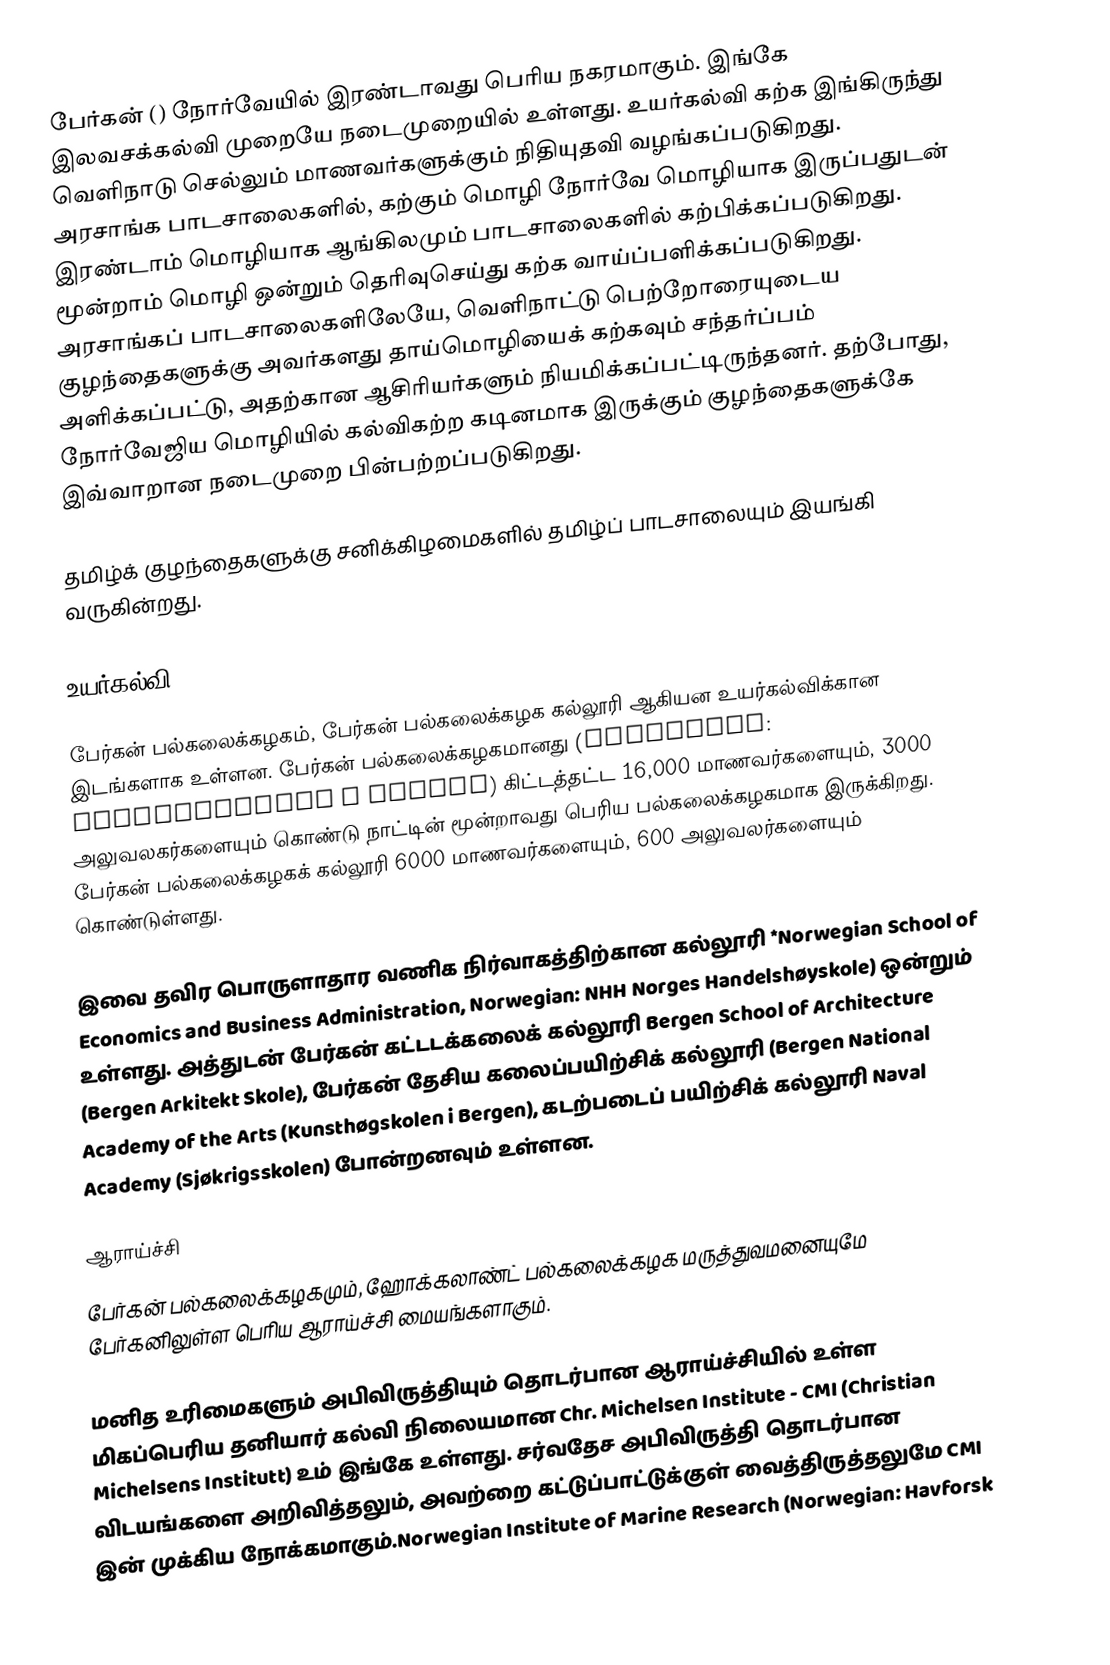
பேர்கன் () நோர்வேயில் இரண்டாவது பெரிய நகரமாகும். இங்கே இலவசக்கல்வி முறையே நடைமுறையில் உள்ளது. உயர்கல்வி கற்க இங்கிருந்து வெளிநாடு செல்லும் மாணவர்களுக்கும் நிதியுதவி வழங்கப்படுகிறது. அரசாங்க பாடசாலைகளில், கற்கும் மொழி நோர்வே மொழியாக இருப்பதுடன் இரண்டாம் மொழியாக ஆங்கிலமும் பாடசாலைகளில் கற்பிக்கப்படுகிறது. மூன்றாம் மொழி ஒன்றும் தெரிவுசெய்து கற்க வாய்ப்பளிக்கப்படுகிறது. அரசாங்கப் பாடசாலைகளிலேயே, வெளிநாட்டு பெற்றோரையுடைய குழந்தைகளுக்கு அவர்களது தாய்மொழியைக் கற்கவும் சந்தர்ப்பம் அளிக்கப்பட்டு, அதற்கான ஆசிரியர்களும் நியமிக்கப்பட்டிருந்தனர். தற்போது, நோர்வேஜிய மொழியில் கல்விகற்ற கடினமாக இருக்கும் குழந்தைகளுக்கே இவ்வாறான நடைமுறை பின்பற்றப்படுகிறது.

தமிழ்க் குழந்தைகளுக்கு சனிக்கிழமைகளில் தமிழ்ப் பாடசாலையும் இயங்கி வருகின்றது.

உயர்கல்வி

பேர்கன் பல்கலைக்கழகம், பேர்கன் பல்கலைக்கழக கல்லூரி ஆகியன உயர்கல்விக்கான இடங்களாக உள்ளன. பேர்கன் பல்கலைக்கழகமானது (Norwegian: Universitetet i Bergen) கிட்டத்தட்ட 16,000 மாணவர்களையும், 3000 அலுவலகர்களையும் கொண்டு நாட்டின் மூன்றாவது பெரிய பல்கலைக்கழகமாக இருக்கிறது. பேர்கன் பல்கலைக்கழகக் கல்லூரி 6000 மாணவர்களையும், 600 அலுவலர்களையும் கொண்டுள்ளது.

இவை தவிர பொருளாதார வணிக நிர்வாகத்திற்கான கல்லூரி *Norwegian School of Economics and Business Administration, Norwegian: NHH Norges Handelshøyskole) ஒன்றும் உள்ளது. அத்துடன் பேர்கன் கட்டடக்கலைக் கல்லூரி Bergen School of Architecture (Bergen Arkitekt Skole), பேர்கன் தேசிய கலைப்பயிற்சிக் கல்லூரி (Bergen National Academy of the Arts (Kunsthøgskolen i Bergen), கடற்படைப் பயிற்சிக் கல்லூரி Naval Academy (Sjøkrigsskolen) போன்றனவும் உள்ளன.

ஆராய்ச்சி
பேர்கன் பல்கலைக்கழகமும், ஹோக்கலாண்ட் பல்கலைக்கழக மருத்துவமனையுமே பேர்கனிலுள்ள பெரிய ஆராய்ச்சி மையங்களாகும்.

மனித உரிமைகளும் அபிவிருத்தியும் தொடர்பான ஆராய்ச்சியில் உள்ள மிகப்பெரிய தனியார் கல்வி நிலையமான Chr. Michelsen Institute - CMI (Christian Michelsens Institutt) உம் இங்கே உள்ளது. சர்வதேச அபிவிருத்தி தொடர்பான விடயங்களை அறிவித்தலும், அவற்றை கட்டுப்பாட்டுக்குள் வைத்திருத்தலுமே CMI இன் முக்கிய நோக்கமாகும்.Norwegian Institute of Marine Research (Norwegian: Havforsk